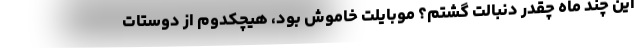
این چند ماه چقدر دنبالت گشتم؟ موبایلت خاموش بود، هیچکدوم از دوستات